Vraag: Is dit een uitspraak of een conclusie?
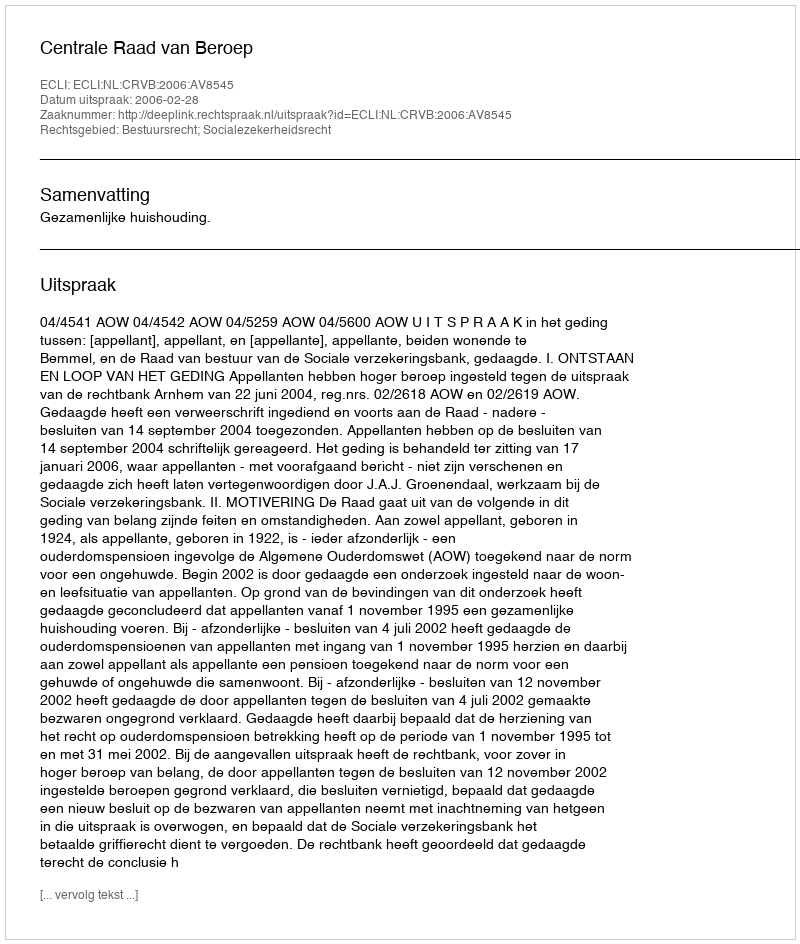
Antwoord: Uitspraak